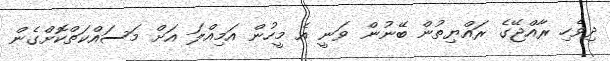
ދިވެހި ރާއްޖޭގެ ރައްޔިތުން ބޭނުން ވަނީ އެ މީހުން އަމިއްލަ އަށް މަސައްކަތްކޮށްގެން